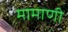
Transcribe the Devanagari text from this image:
मामाणी